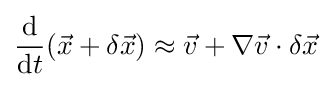
{\frac {\mathrm {d} }{\mathrm {d} t}}({\vec {x}}+\delta {\vec {x}})\approx {\vec {v}}+\nabla {\vec {v}}\cdot \delta {\vec {x}}